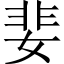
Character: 婓